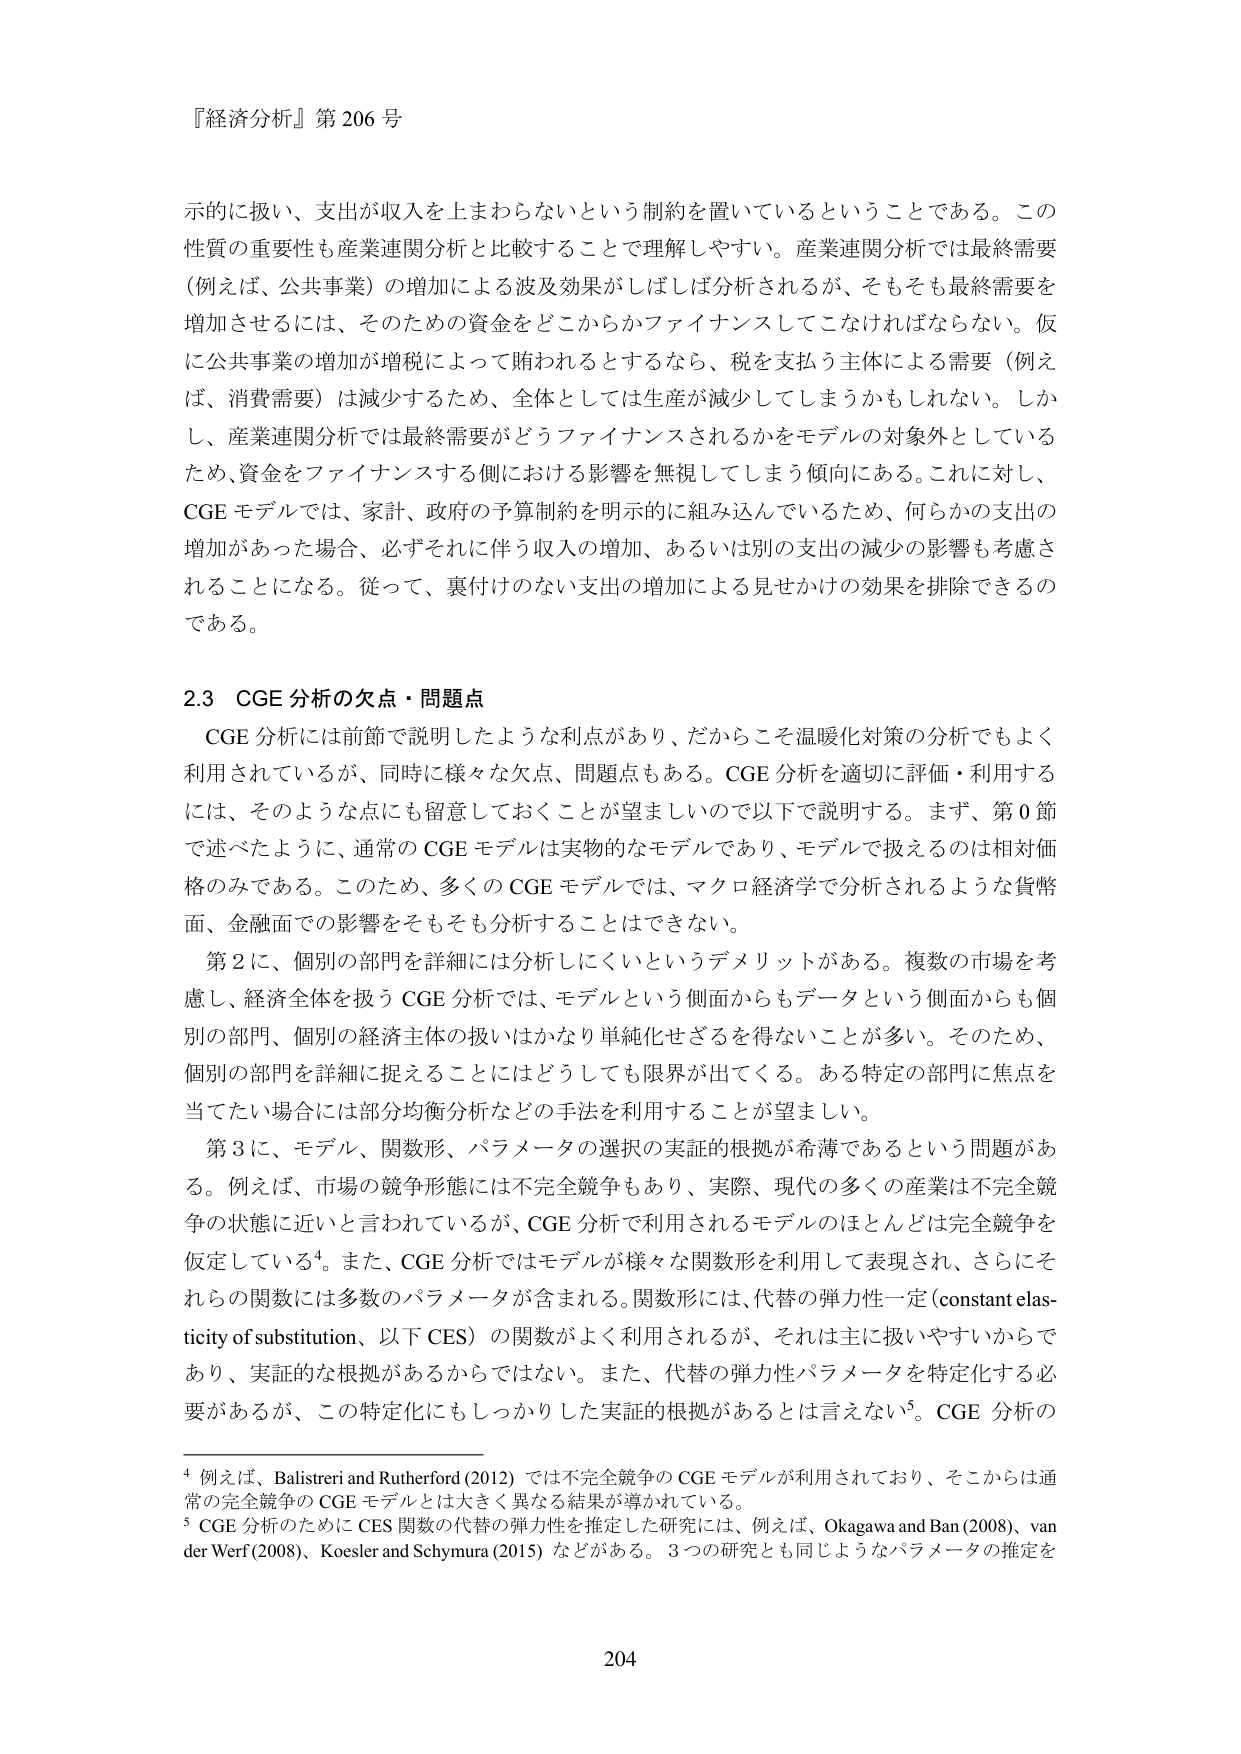
『経済分析』第 206 号

示的に扱い、支出が収入を上まわらないという制約を置いているということである。この
性質の重要性も産業連関分析と比較することで理解しやすい。産業連関分析では最終需要
（例えば、公共事業）の増加による波及効果がしばしば分析されるが、そもそも最終需要を
増加させるには、そのための資金をどこからかファイナンスしてこなければならない。仮
に公共事業の増加が増税によって賄われるとするなら、税を支払う主体による需要（例え
ば、消費需要）は減少するため、全体としては生産が減少してしまうかもしれない。しか
し、産業連関分析では最終需要がどうファイナンスされるかをモデルの対象外としている
ため、資金をファイナンスする側における影響を無視してしまう傾向にある。これに対し、
CGE モデルでは、家計、政府の予算制約を明示的に組み込んでいるため、何らかの支出の
増加があった場合、必ずそれに伴う収入の増加、あるいは別の支出の減少の影響も考慮さ
れることになる。従って、裏付けのない支出の増加による見せかけの効果を排除できるの
である。

2.3 CGE 分析の欠点・問題点

CGE 分析には前節で説明したような利点があり、だからこそ温暖化対策の分析でもよく
利用されているが、同時に様々な欠点、問題点もある。CGE 分析を適切に評価・利用する
には、そのような点にも留意しておくことが望ましいので以下で説明する。まず、第 0 節
で述べたように、通常の CGE モデルは実物的なモデルであり、モデルで扱えるのは相対価
格のみである。このため、多くの CGE モデルでは、マクロ経済学で分析されるような貨幣
面、金融面での影響をそもそも分析することはできない。

第 2 に、個別の部門を詳細には分析しにくいというデメリットがある。複数の市場を考
慮し、経済全体を扱う CGE 分析では、モデルという側面からもデータという側面からも個
別の部門、個別の経済主体の扱いはかなり単純化せざるを得ないことが多い。そのため、
個別の部門を詳細に捉えることにはどうしても限界が出てくる。ある特定の部門に焦点を
当てたい場合には部分均衡分析などの手法を利用することが望ましい。

第 3 に、モデル、関数形、パラメータの選択の実証的根拠が希薄であるという問題があ
る。例えば、市場の競争形態には不完全競争もあり、実際、現代の多くの産業は不完全競
争の状態に近いと言われているが、CGE 分析で利用されるモデルのほとんどは完全競争を
仮定している⁴。また、CGE 分析ではモデルが様々な関数形を利用して表現され、さらにそ
れらの関数には多数のパラメータが含まれる。関数形には、代替の弾力性一定（constant elasticity of substitution、以下 CES）の関数がよく利用されるが、それは主に扱いやすいからで
あり、実証的な根拠があるからではない。また、代替の弾力性パラメータを特定化する必
要があるが、この特定化にもしっかりした実証的根拠があるとは言えない⁵。CGE 分析の

⁴ 例えば、Balistreri and Rutherford (2012) では不完全競争の CGE モデルが利用されており、そこからは通
常の完全競争の CGE モデルとは大きく異なる結果が導かれている。
⁵ CGE 分析のために CES 関数の代替の弾力性を推定した研究には、例えば、Okagawa and Ban (2008)、van
der Werf (2008)、Koesler and Schymura (2015) などがある。3 つの研究とも同じようなパラメータの推定を

204